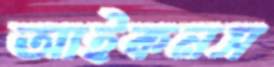
আইকনস